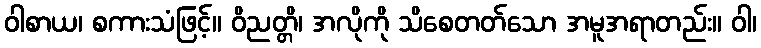
ဝါစာယ၊ စကားသံဖြင့်။ ဝိညတ္တိ၊ အလိုကို သိစေတတ်သော အမူအရာတည်း။ ဝါ၊